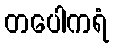
တပေါကရံ